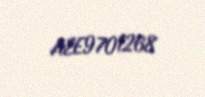
AZE9701268